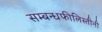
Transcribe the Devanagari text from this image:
सम्बन्धफीलिस्तीनी